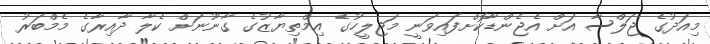
މިއަދުގެ ޖަލްސާ އަށް އެޖެންޑާކޮށްފައިވަނީ މަޖިލީހުގެ އިމްތިޔާޒުގެ ގާނޫނަށް ކެލާ ދާއިރާގެ މެމްބަރު